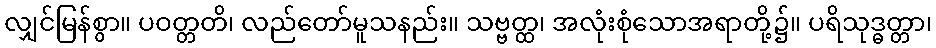
လျှင်မြန်စွာ။ ပဝတ္တတိ၊ လည်တော်မူသနည်း။ သဗ္ဗတ္ထ၊ အလုံးစုံသောအရာတို့၌။ ပရိသုဒ္ဓတ္တာ၊